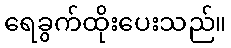
ရေခွက်ထိုးပေးသည်။